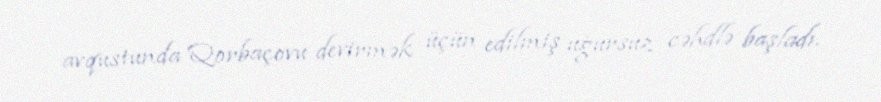
avqustunda Qorbaçovu devirmək üçün edilmiş uğursuz cəhdlə başladı.